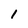
Character: 1